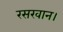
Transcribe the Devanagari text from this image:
रसखान।